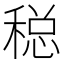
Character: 𱶚